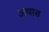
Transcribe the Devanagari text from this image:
अथात